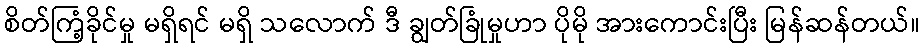
စိတ်ကြံ့ခိုင်မှု မရှိရင် မရှိ သလောက် ဒီ ချွတ်ခြုံမှုဟာ ပိုမို အားကောင်းပြီး မြန်ဆန်တယ်။